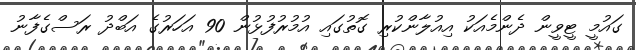
ގައުމީ ޓީވީން ދެންމެއަކު އިއުލާންކުރި ގޮތުގައި އުމުރުފުޅުން 90 އަހަރުގެ އަބްދު ރަސްގެފާނު